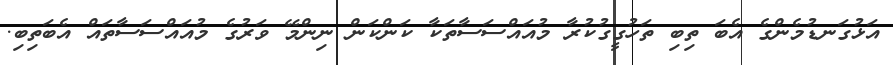
އަޅުގަނޑުމެންގެ އެބަ ތިބި ތަހުގީގުކުރާ މުއައްސަސާތަކާ ކަންކަން ނިންމޭ ވަރުގެ މުއައްސަސާތައް އެބަތިބި.